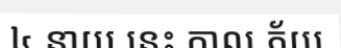
៤ នាយ នេះ កាល ភ័យ